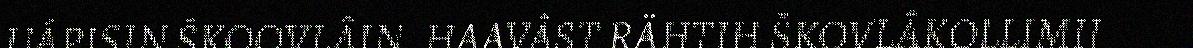
UÁPISIN ŠKOOVLÂIN. HAAVÂST RÄHTIH ŠKOVLÂKOLLIMIJ